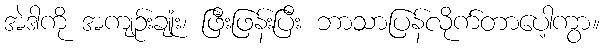
အဲဒါကို အကျဉ်းချုံး၊ ဖြီးဖြန်းပြီး ဘာသာပြန်လိုက်တာပေါ့ကွာ။